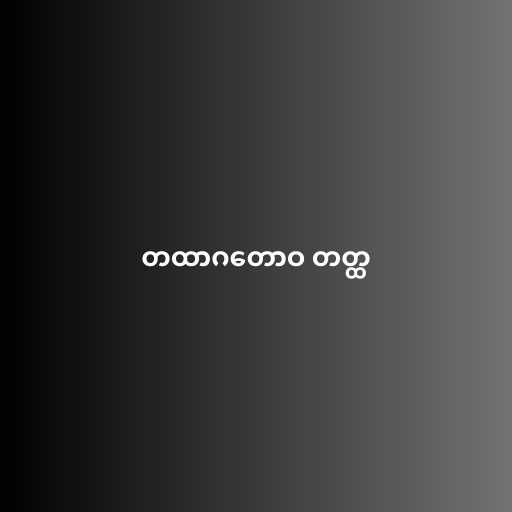
တထာဂတောဝ တတ္ထ